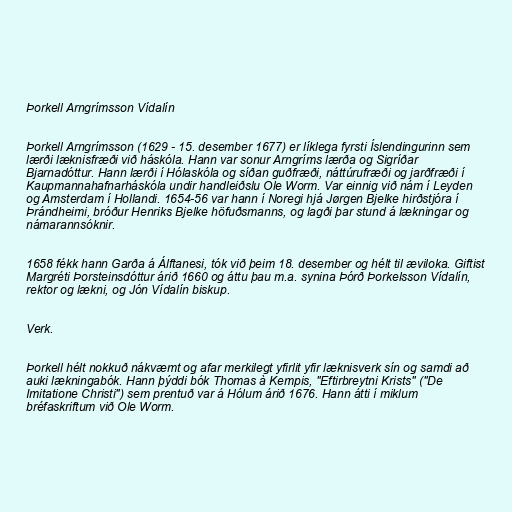
Þorkell Arngrímsson Vídalín

Þorkell Arngrímsson (1629 - 15. desember 1677) er líklega fyrsti Íslendingurinn sem
lærði læknisfræði við háskóla. Hann var sonur Arngríms lærða og Sigríðar
Bjarnadóttur. Hann lærði í Hólaskóla og síðan guðfræði, náttúrufræði og jarðfræði í
Kaupmannahafnarháskóla undir handleiðslu Ole Worm. Var einnig við nám í Leyden
og Amsterdam í Hollandi. 1654-56 var hann í Noregi hjá Jørgen Bjelke hirðstjóra í
Þrándheimi, bróður Henriks Bjelke höfuðsmanns, og lagði þar stund á lækningar og
námarannsóknir.

1658 fékk hann Garða á Álftanesi, tók við þeim 18. desember og hélt til æviloka. Giftist
Margréti Þorsteinsdóttur árið 1660 og áttu þau m.a. synina Þórð Þorkelsson Vídalín,
rektor og lækni, og Jón Vídalín biskup.

Verk.

Þorkell hélt nokkuð nákvæmt og afar merkilegt yfirlit yfir læknisverk sín og samdi að
auki lækningabók. Hann þýddi bók Thomas à Kempis, "Eftirbreytni Krists" ("De
Imitatione Christi") sem prentuð var á Hólum árið 1676. Hann átti í miklum
bréfaskriftum við Ole Worm.